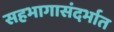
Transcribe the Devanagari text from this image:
सहभागासंदर्भात